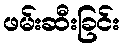
ဖမ်းဆီးခြင်း